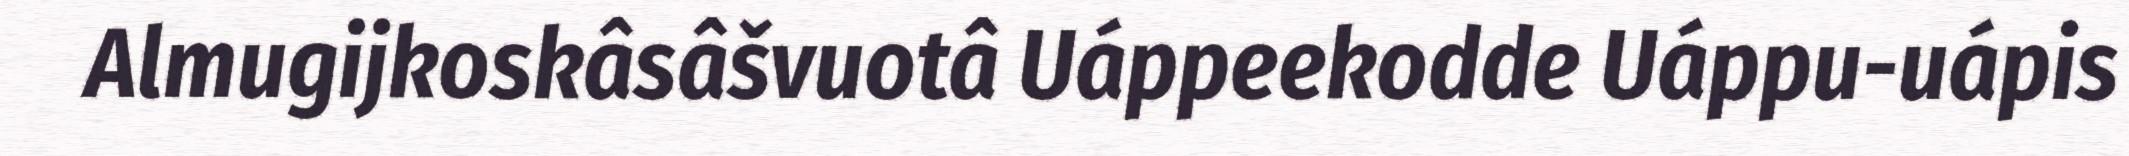
Almugijkoskâsâšvuotâ Uáppeekodde Uáppu-uápis